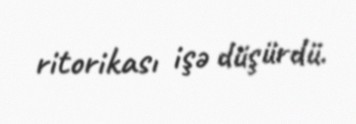
ritorikası işə düşürdü.